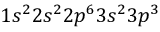
1 s ^ { 2 } 2 s ^ { 2 } 2 p ^ { 6 } 3 s ^ { 2 } 3 p ^ { 3 }